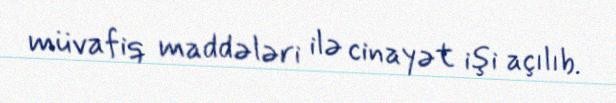
müvafiq maddələri ilə cinayət işi açılıb.